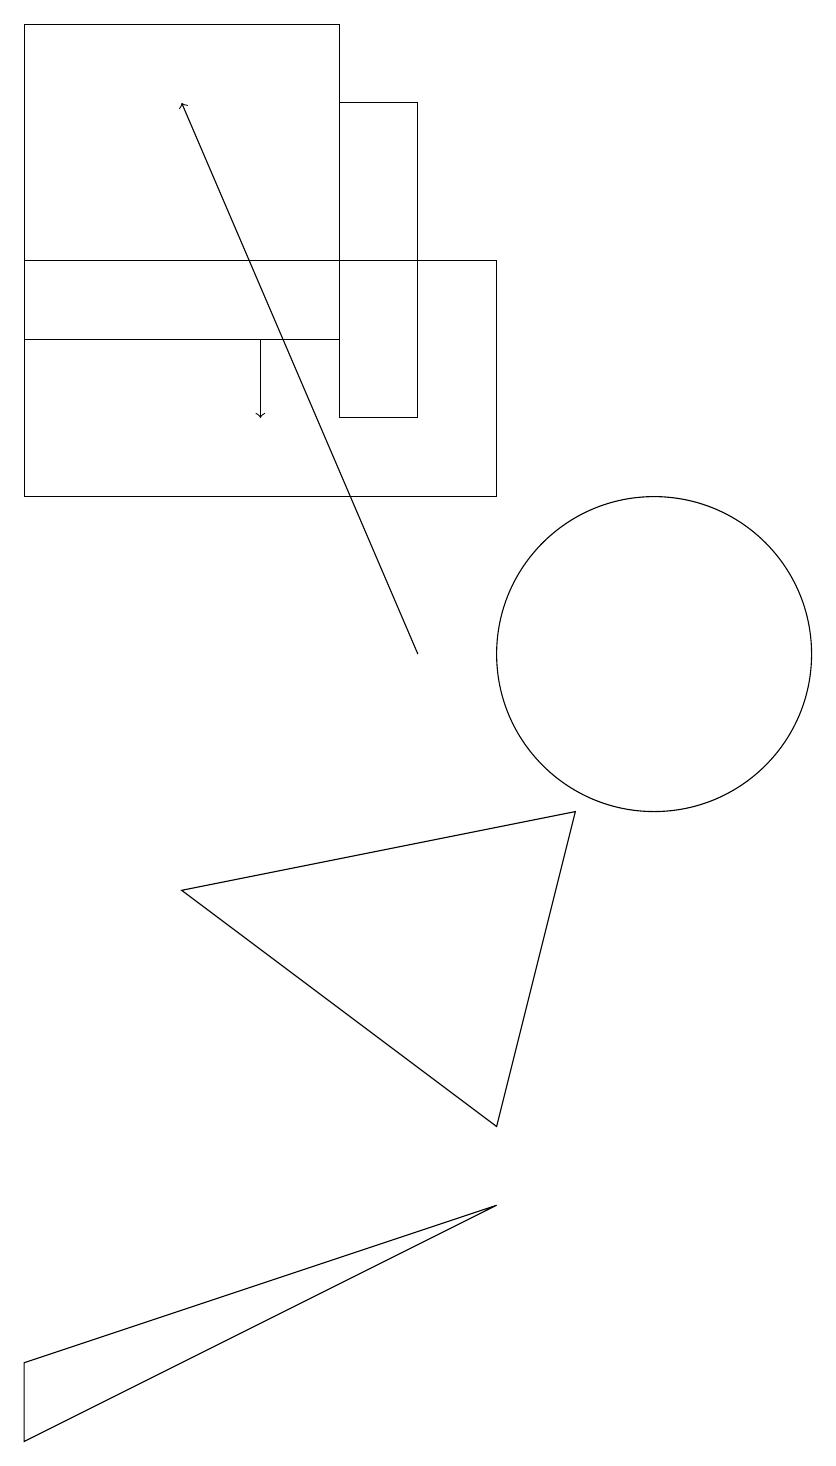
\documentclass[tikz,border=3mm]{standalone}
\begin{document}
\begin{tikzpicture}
\draw (6,17) rectangle (7,13);
\draw[->] (7,10) -- (4,17);
\draw[->] (5,14) -- (5,13);
\draw (10,10) circle (2);
\draw (6,14) rectangle (2,18);
\draw (8,3) -- (2,1) -- (2,0) -- cycle;
\draw (8,12) rectangle (2,15);
\draw (8,4) -- (9,8) -- (4,7) -- cycle;
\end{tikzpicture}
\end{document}